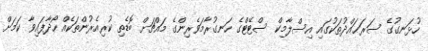
ހުޅަނގުގެ ސަރަޙައްދުތަކުގައި އިސްލާމިކް ސްޓޭޓްގެ ހަނގުރާމަވެރިންގެ މައްޗަށް ބޮޑެތި ކުރިއެރުންތަކެއް ހޯދާފައިވާ ކަމަށް